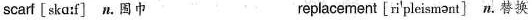
scarf [skɑːf] n.围巾 replacement [ri'pleismənt] n.替换